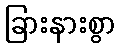
ခြားနားစွာ